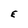
Character: E